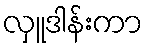
လှူဒါန်းကာ